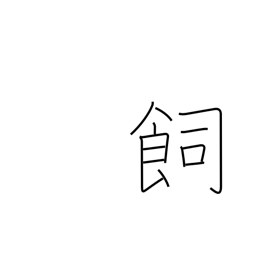
Meaning: feed